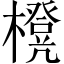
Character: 櫈